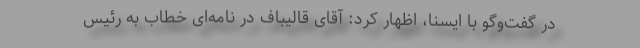
در گفت‌وگو با ایسنا، اظهار کرد: آقای قالیباف در نامه‌ای خطاب به رئیس